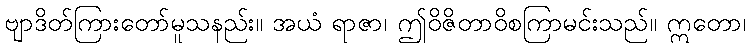
ဗျာဒိတ်ကြားတော်မူသနည်း။ အယံ ရာဇာ၊ ဤဝိဇိတာဝိစကြာမင်းသည်။ ဣတော၊